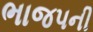
ભાજપની